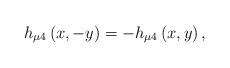
LaTeX: \begin{align*}h_{\mu4}\left(x,-y\right)=-h_{\mu4}\left(x,y\right),\end{align*}